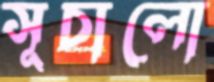
সূচালো